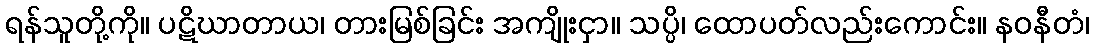
ရန်သူတို့ကို။ ပဋိဃာတာယ၊ တားမြစ်ခြင်း အကျိုးငှာ။ သပ္ပိ၊ ထောပတ်လည်းကောင်း။ နဝနီတံ၊